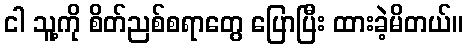
ငါ သူ့ကို စိတ်ညစ်စရာတွေ ပြောပြီး ထားခဲ့မိတယ်။